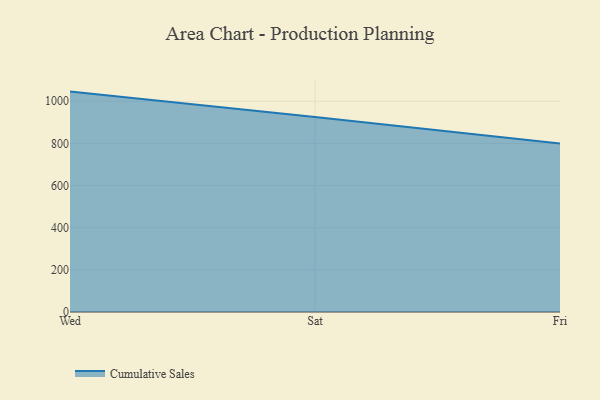
{"axis": {"x": "Day", "y": "Shipments"}, "legend": ["Cumulative Sales"], "data": [{"x": "Wed", "y": 1045.9, "type": "Cumulative Sales"}, {"x": "Sat", "y": 925.3, "type": "Cumulative Sales"}, {"x": "Fri", "y": 800, "type": "Cumulative Sales"}]}